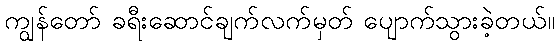
ကျွန်တော် ခရီးဆောင်ချက်လက်မှတ် ပျောက်သွားခဲ့တယ်။